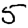
Digit: 5